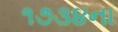
૧૭૩૪ના